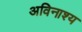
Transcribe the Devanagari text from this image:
अविनाश्य